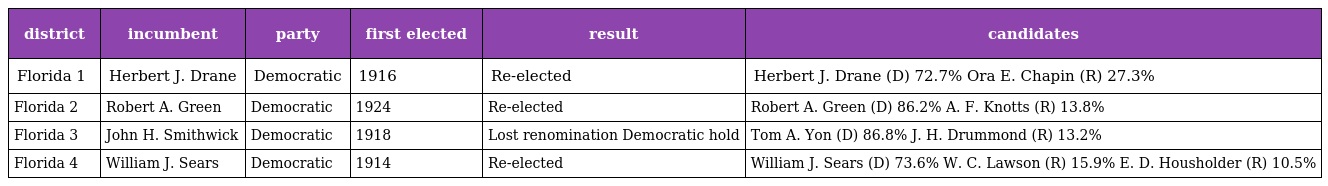
| district | incumbent | party | first elected | result | candidates |
 | --- | --- | --- | --- | --- | --- |
 | Florida 1 | Herbert J. Drane | Democratic | 1916 | Re-elected | Herbert J. Drane (D) 72.7% Ora E. Chapin (R) 27.3% |
 | Florida 2 | Robert A. Green | Democratic | 1924 | Re-elected | Robert A. Green (D) 86.2% A. F. Knotts (R) 13.8% |
 | Florida 3 | John H. Smithwick | Democratic | 1918 | Lost renomination Democratic hold | Tom A. Yon (D) 86.8% J. H. Drummond (R) 13.2% |
 | Florida 4 | William J. Sears | Democratic | 1914 | Re-elected | William J. Sears (D) 73.6% W. C. Lawson (R) 15.9% E. D. Housholder (R) 10.5% |